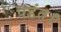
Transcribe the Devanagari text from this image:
पडंत।